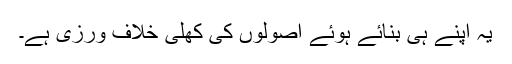
یہ اپنے ہی بنائے ہوئے اصولوں کی کھلی خلاف ورزی ہے۔